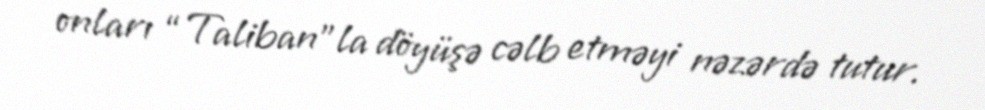
onları “Taliban”la döyüşə cəlb etməyi nəzərdə tutur.